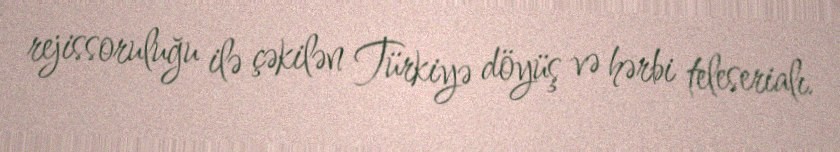
rejissoruluğu ilə çəkilən Türkiyə döyüş və hərbi teleserialı.